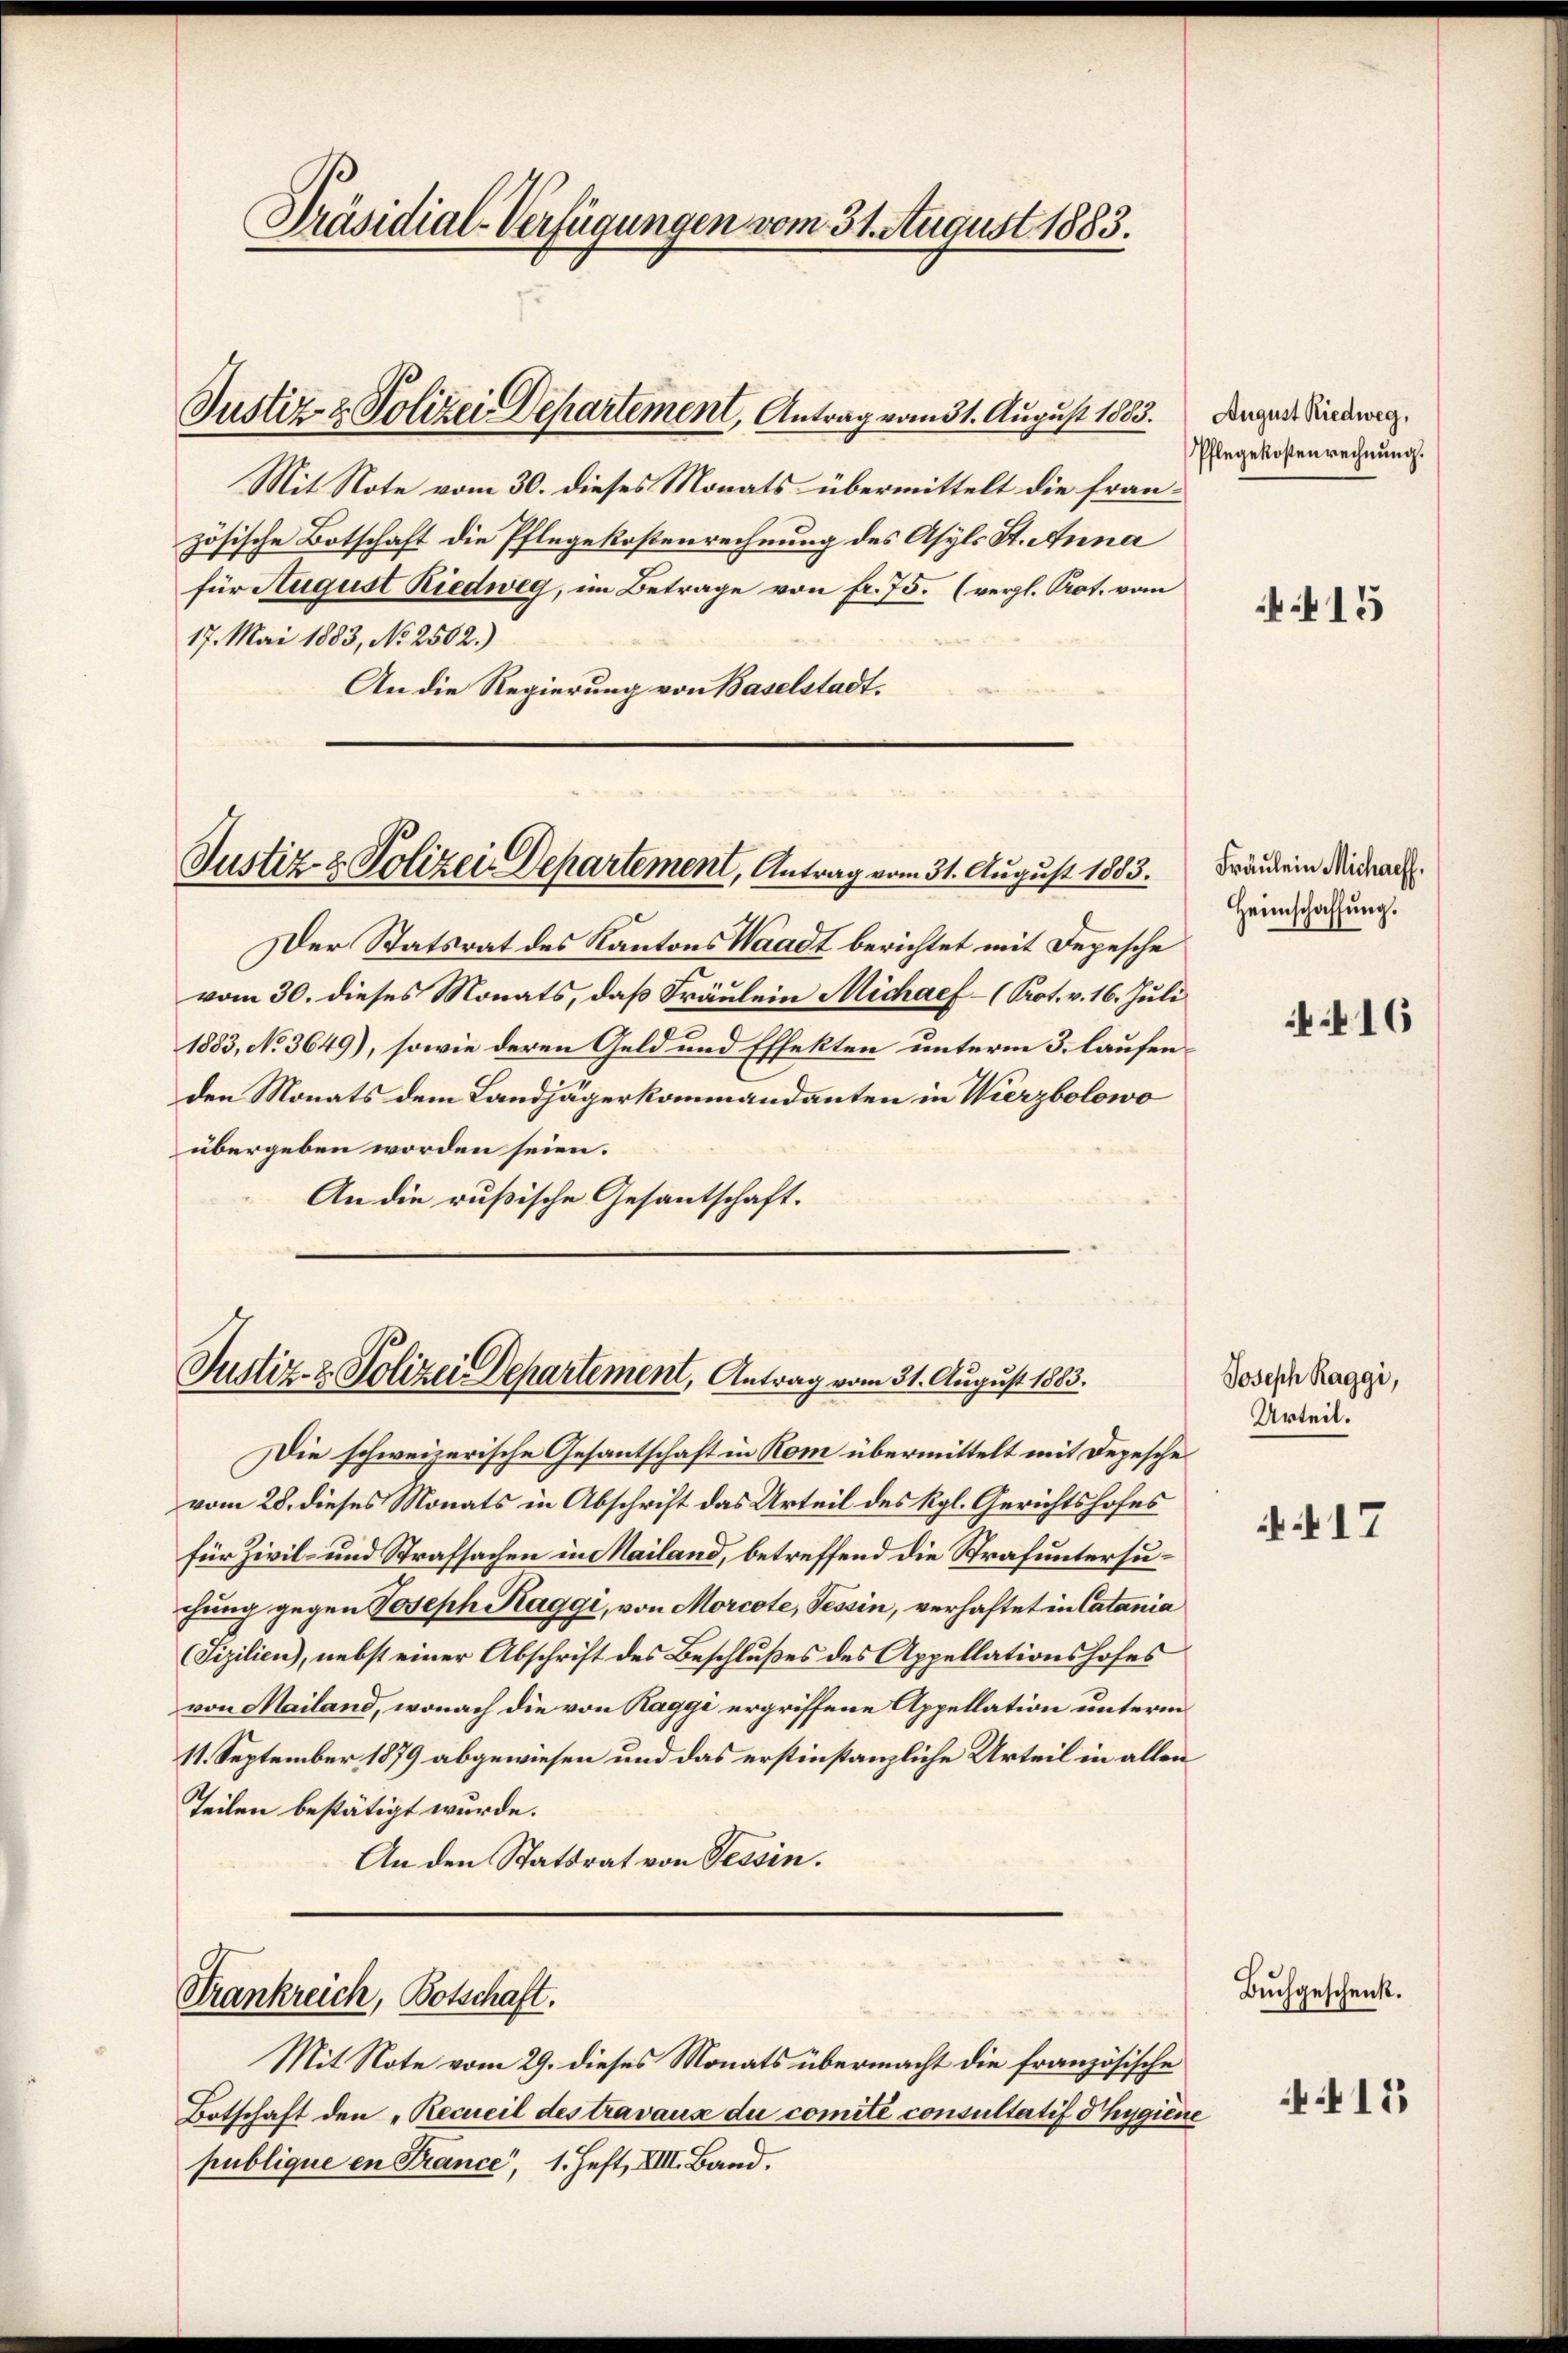
Präsidial-Verfügungen vom 31. August 1883.

Justiz- & Polizei Departement, Antrag vom 31. August 1883.

Mit Note vom 30. dieses Monats übermittelt die französische Botschaft die Pflegekostenrechnung des Asyls St. Anna
für August Riedweg, im Betrage von fr. 75. (vergl. Prot. vom
17. Mai 1883, No 2502.)
An die Regierung von Baselstadt.

Justiz- & Polizei Departement, Antrag vom 31. August 1883.

Der Statsrat des Kantons Waadt berichtet mit Depesche
vom 30. dieses Monats, daß Fräulein Michaef- (Prot. v. 16. Juli
1883, No 3649), sowie deren Geld und Effekten unterm 3. laufenden Monats dem Landjägerkommandanten in Vierzbolowo
übergeben worden seien.
An die rußische Gesantschaft.

Justiz- & Polizei Departement, Antrag vom 31. August 1883.

Krankreich, Botschaft.

Die schweizerische Gesantschaft in Rom übermittelt mit Depesche
vom 28. dieses Monats in Abschrift das Urteil des Rgl. Gerichtshofes
für Zivil- und Strafsachen in Mailand, betreffend die Strafuntersuchung gegen Joseph Kaggi, von Morcote, Tessin, verhaftet in Catania
Fizilien), nebst einer Abschrift des Beschlußes des Appellationshofes
von Mailand, wonach die von Raggi ergriffene Appellation unterm
11. September 1879 abgewiesen und das erstinstanzliche Urteil in allen
Teilen bestätigt wurde.
An den Statsrat von Tessin.

Mit Note vom 29. dieses Monats übermacht die französische
Botschaft den „Recueil des travause du comité consultatif dhygiene
publique en France, 1. Heft, VIII. Band.

August Riedweg,
Pflegekostenrechnung.

Fräulein Michael.
Heimschaffung.

415

16

Joseph Raggi,
Urteil.

17

Buchgeschenk.

415